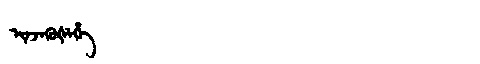
Manchu: ᡳᠨᠵᡝᡴᡠᡧᡝᡥᡝ
Romanization: INJEKUŠEHE